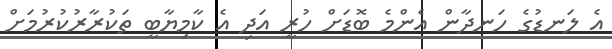
އެ ލަނޑުގެ ހަނދާން އެންމެ ބޮޑަށް ހުރީ އަދި އެ ކާމިޔާބީ ތަކުރާރުކުރުމަށް